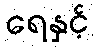
ရေနှင့်